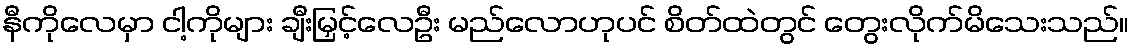
နီကိုလေမှာ ငါ့ကိုများ ချီးမြှင့်လေဦး မည်လောဟုပင် စိတ်ထဲတွင် တွေးလိုက်မိသေးသည်။